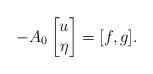
LaTeX: \begin{align*}-A_0 \begin{bmatrix}u\\ \eta\end{bmatrix}=[f, g].\end{align*}